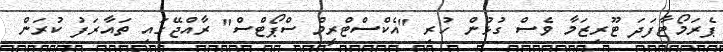
ޕެރަމޯޓާފަދަ ޓޫރިޒަމާ ވެސް ގުޅުން ހުރި "އެކްސްޓްރީމް ސްޕޯޓްސް" ރާއްޖޭގައި ތައާރަފު ކުރަން